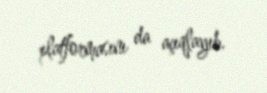
platformasını da açıqlayıb.